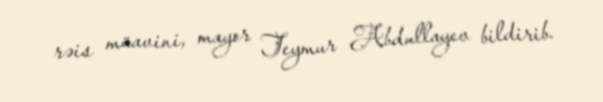
rəis müavini, mayor Teymur Abdullayev bildirib.